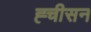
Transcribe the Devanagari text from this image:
ह्चीसन